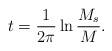
LaTeX: \begin{align*}t = \frac{1}{2\pi} \ln \frac{M_s}{M}. \end{align*}